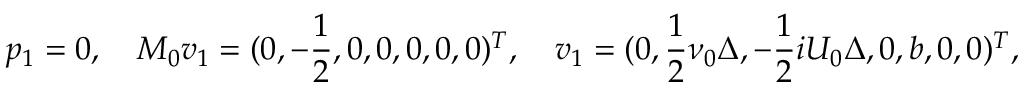
p _ { 1 } = 0 , \quad M _ { 0 } \boldsymbol { v } _ { 1 } = ( 0 , - \frac { 1 } { 2 } , 0 , 0 , 0 , 0 , 0 ) ^ { T } , \quad \boldsymbol { v } _ { 1 } = ( 0 , \frac { 1 } { 2 } \nu _ { 0 } \Delta , - \frac { 1 } { 2 } i U _ { 0 } \Delta , 0 , b , 0 , 0 ) ^ { T } ,